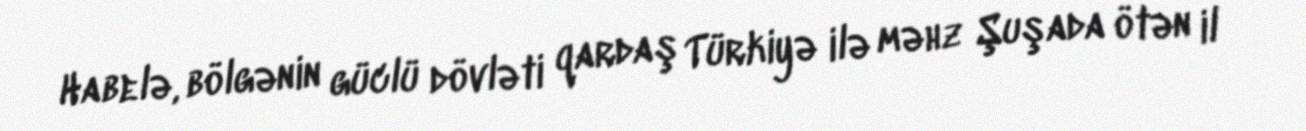
Habelə, bölgənin güclü dövləti qardaş Türkiyə ilə məhz Şuşada ötən il